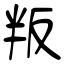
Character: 叛